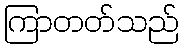
ကြာတတ်သည်